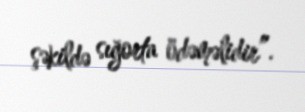
şəkildə sığorta ödəməlidir”.